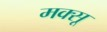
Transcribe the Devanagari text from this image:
मक्सू